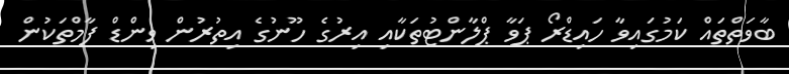
ބާވަތްތައް ކަމުގައިވާ ހައިޑްރޯ ޕަވާ ޕްލާންޓުތަކާއި އިރުގެ ހޫނުގެ އިތުރުން ވިންޑް ފާމްތަކުން